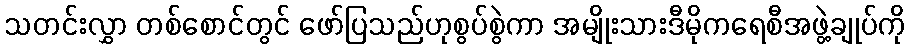
သတင်းလွှာ တစ်စောင်တွင် ဖော်ပြသည်ဟုစွပ်စွဲကာ အမျိုးသားဒီမိုကရေစီအဖွဲ့ချုပ်ကို